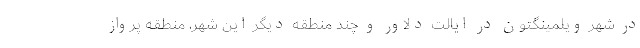
در شهر ویلمینگتون در ایالت دلاور و چند منطقه دیگر این شهر، منطقه پرواز